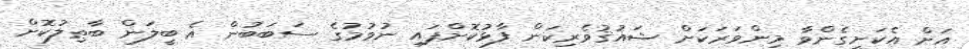
އަށް އެކަށީގެންވާ މިންވަރަކަށް ޝައުޤުވެރިކަން ފާޅުކޮށްފައި ނުވުމުގެ ސަބަބުން އެ ބީލަން ބާޠިލުކޮށް